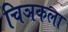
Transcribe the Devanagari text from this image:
चिञकला